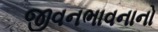
જીવનભાવનાનો